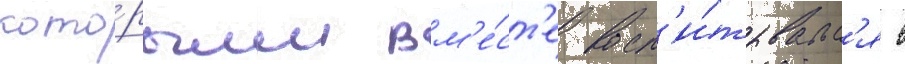
кото́рым вм'е́ст'е восп'и́тывалс'я в